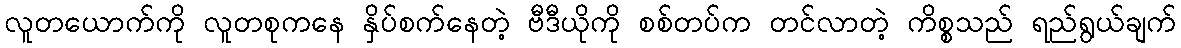
လူတယောက်ကို လူတစုကနေ နှိပ်စက်နေတဲ့ ဗီဒီယိုကို စစ်တပ်က တင်လာတဲ့ ကိစ္စသည် ရည်ရွယ်ချက်